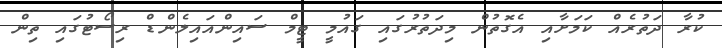
ކުރާ ދަތުރެއް ކަމަށާއި އެގޮތުން މިދަތުރުގައި ގައުމީ ޓީމް ސައިންއައިލެންޑް ރިސޯޓުގައި ތިން